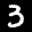
Label: 3